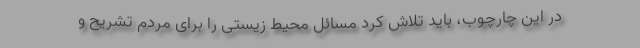
در این چارچوب، باید تلاش کرد مسائل محیط زیستی را برای مردم تشریح و